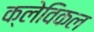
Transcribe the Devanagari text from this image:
क्लेविकल